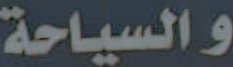
والسياحة